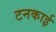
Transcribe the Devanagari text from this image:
टनकाई